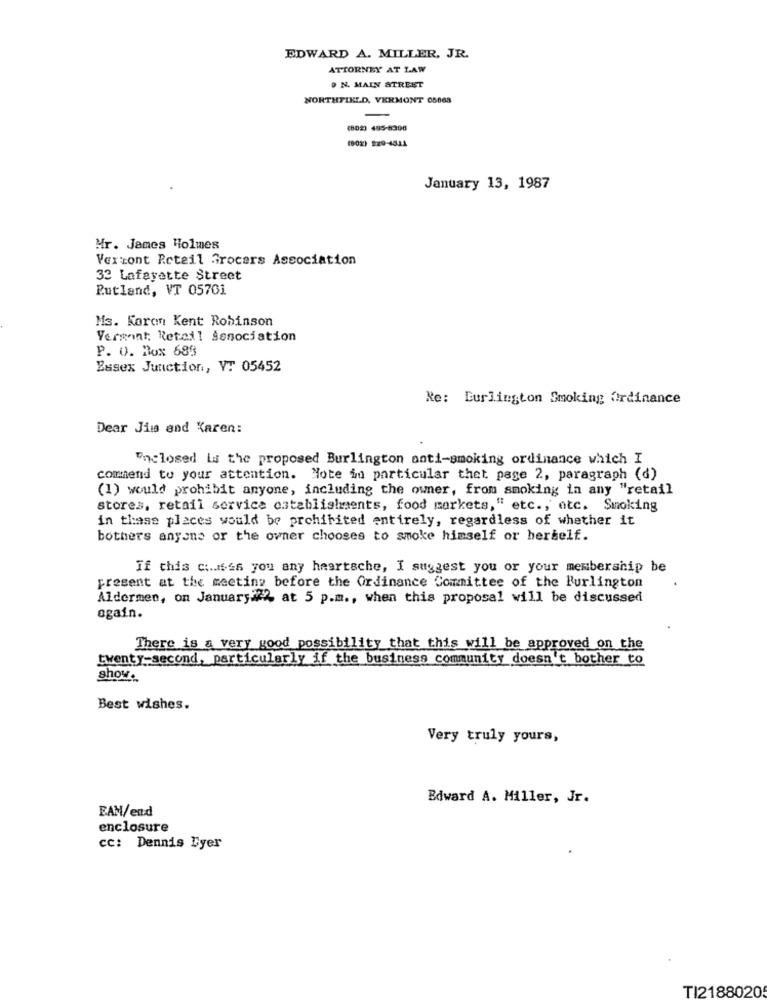
EDWARD A. MILLER, JR.
ATTORNEY AT LAW
O N. MAIN STREET
NORTHFIELD, VERMONT 05063
-
(802) 495-6396
(002) 229-4321
January 13, 1987
Mr. James Holmes
Verront Reteil Grocers Association
33 Lafayette Street
Rutland, VT 05701
Ms. Koron Kent Robinson
Vermont: Retail Sonociation
P. O. Box 689
Essex Junction, VT 05452
Re: Burlington Smoking Ordinance
Dear Jima and Karen:
Enclosed is the proposed Burlington anti-smoking ordinance which I
commend to your attention. Note in particular thet page 2, paragraph (d)
(1) would prohibit anyone, including the owner, from smoking in any "retail
stores, retail service establishments, food markets," etc ., etc. Smoking
in these places would be prohibited entirely, regardless of whether it
bothers anyone or the owner chooses to smoke himself or herself.
If this ciusss you any heartache, I suggest you or your membership be
present at the meeting before the Ordinance Committee of the Burlington
Aldermen, on January#22 at 5 p.m ., when this proposal will be discussed
again.
There is a very good possibility that this will be approved on the
twenty-second, particularly if the business community doesn't bother to
show.
Best wishes.
Very truly yours,
Edward A. Miller, Jr.
EAM/end
enclosure
cc: Dennis Byer
TI2188020